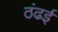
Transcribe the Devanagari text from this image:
ठंढई